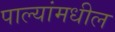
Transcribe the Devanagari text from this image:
पाल्यांमधील